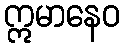
ဣမာနေဝ